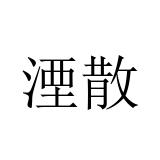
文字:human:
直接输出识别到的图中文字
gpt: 湮散